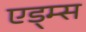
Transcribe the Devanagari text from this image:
एड्म्स